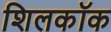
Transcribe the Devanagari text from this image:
शिलकॉक